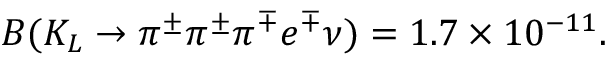
B ( K _ { L } \rightarrow \pi ^ { \pm } \pi ^ { \pm } \pi ^ { \mp } e ^ { \mp } \nu ) = 1 . 7 \times 1 0 ^ { - 1 1 } .